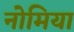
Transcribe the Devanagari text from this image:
नोमिया